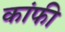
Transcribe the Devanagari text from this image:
कांफी